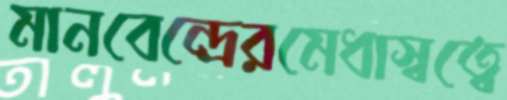
মানবেন্দ্রেরমেধাস্বত্বে